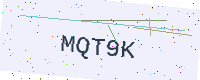
Text: MQT9K